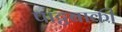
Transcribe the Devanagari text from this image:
पाट्टबाकी